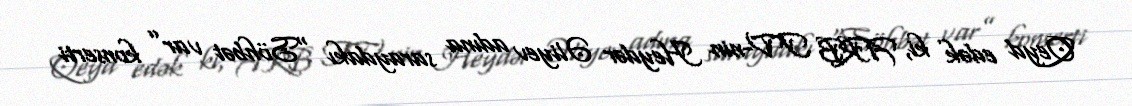
Qeyd edək ki, ARB TV-nin Heydər Əliyev adına saraydakı “Söhbət var” konserti